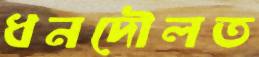
ধনদৌলত